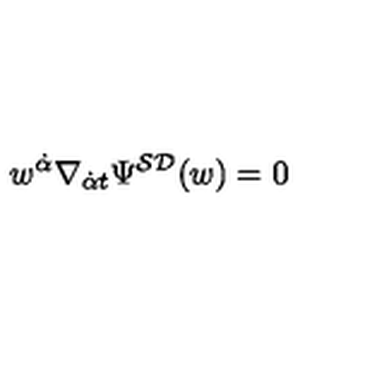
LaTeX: w ^ { { \dot { \alpha } } } \nabla _ { { \dot { \alpha } } t } \Psi ^ { { \cal S D } } ( w ) = 0